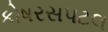
કોષરસપટલ